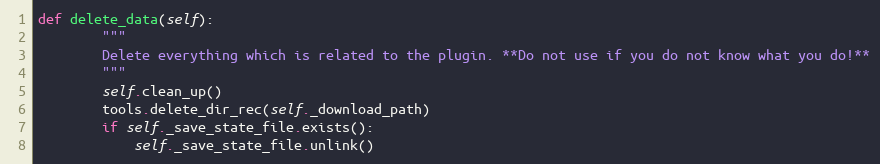
Language: Python
def delete_data(self):
        """
        Delete everything which is related to the plugin. **Do not use if you do not know what you do!**
        """
        self.clean_up()
        tools.delete_dir_rec(self._download_path)
        if self._save_state_file.exists():
            self._save_state_file.unlink()